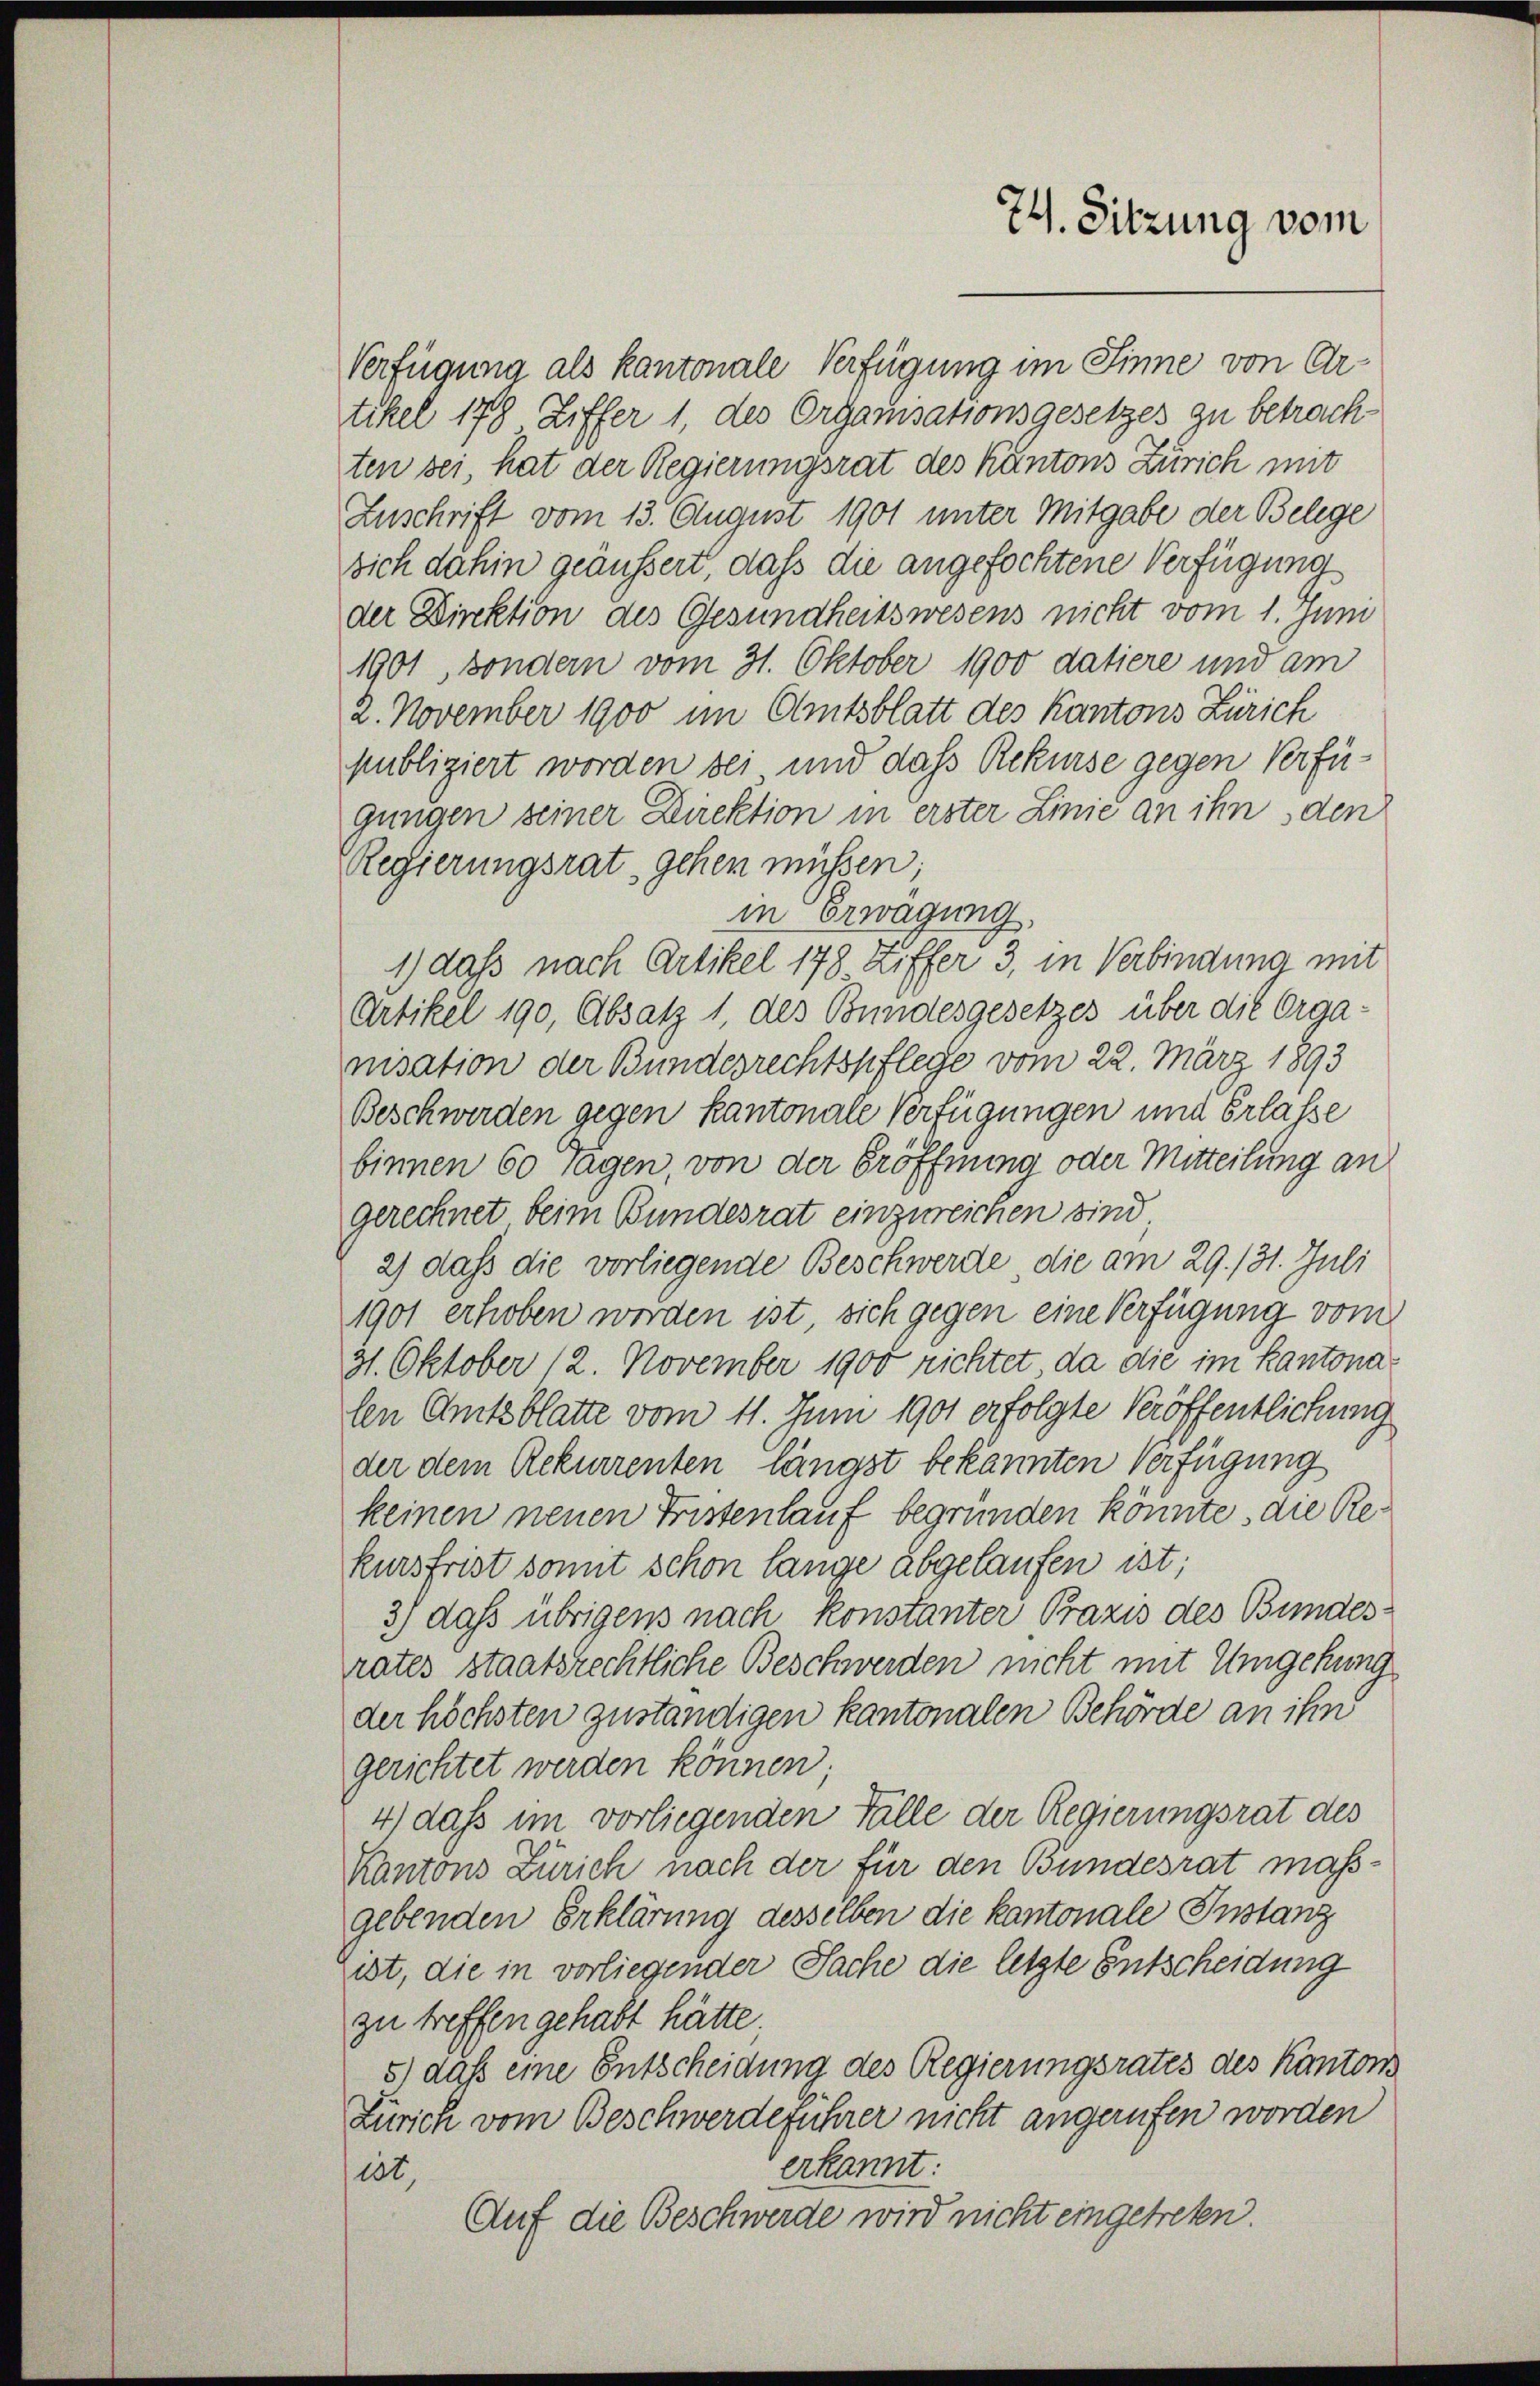
Verfügung als kantonale Verfügung im Sinne von Urtikel 178 Ziffer 1 des Organisationsgesetzes zu betrach-
ten sei, hat der Regierungsrat des Kantons Zürich mit
Zuschrift vom 13. August 1901 unter Mitgabe der Belege
sich dahin geäussert, daß die angefochtene Verfügung
der Direktion des Gesundheitswesens nicht vom 1. Juni
1901 Bondern vom 31. Oktober 1900 datiere und am
2. November 1900 im Amtsblatt des Kantons Zürich
publiziert worden sei und daß Rekurse gegen Verfügungen seiner Direktion in erster Linie an ihn den
Regierungsrat, gehen müssen;
in Erwägung,
1) daß nach Artikel 178 Ziffer 3, in Verbindung mit
Artikel 190, Absatz 1, des Bundesgesetzes über die Organisation der Bundesrechtspflege vom 22. März 1893
Beschwerden gegen kantonale Verfügungen und Erlasse
binnen 60 Tagen, von der Eröffnung oder Mitteilung an
gerechnet beim Bundesrat einzureichen sind
2) dass die vorliegende Beschwerde die am 29. 131. Juli
1901 erhoben worden ist, sich gegen eine Verfügung vom
31. Oktober 12. November 1900 richtet da die im Kantona
len Amtsblatte vom 11. Juni 1901 erfolgte Veröffentlichung
der dem Rekurrenten längst bekannten verfügung
keinen neuen Fristenlauf begründen könnte, die Rekursfrist sonnt schon lange abgelaufen ist;
3) daß übrigens nach konstanter Praxis des Bundesrates staatsrechtliche Beschwerden nicht mit Umgehung
der höchsten zuständigen kantonalen Behörde an ihn
gerichtet werden können;
4) dass im vorliegenden Fälle der Regierungsrat des
Kantons Zürich nach der für den Bundesrat maßgebenden Erklärung desselben die kantonale Instanz
ist, die in vorliegender Sache die letzte Entscheidung
zu treffen gehabt hätte.
5) daß eine Entscheidung des Regierungsrates des Kantons
Zürich vom Beschwerdeführer nicht angerufen worden
erkannt:
iot,
Auf die Beschwerde wird nicht eingetreten

74. Sitzung vom